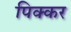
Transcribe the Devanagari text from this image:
पिक्कर